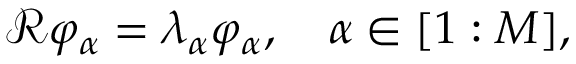
\begin{array} { r } { \mathcal { R } \varphi _ { \alpha } = \lambda _ { \alpha } \varphi _ { \alpha } , \quad \alpha \in [ 1 : M ] , } \end{array}